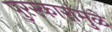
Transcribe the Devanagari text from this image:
पुरस्कारांमुळे